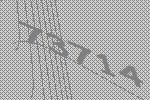
73714